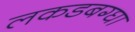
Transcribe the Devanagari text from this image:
लकडबग्घा